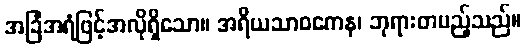
အခြံအရံဖြင့်အလိုရှိသော။ အရိယသာဝကေန၊ ဘုရားတပည့်သည်။